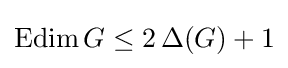
\operatorname {Edim} G\leq 2\,\Delta (G)+1